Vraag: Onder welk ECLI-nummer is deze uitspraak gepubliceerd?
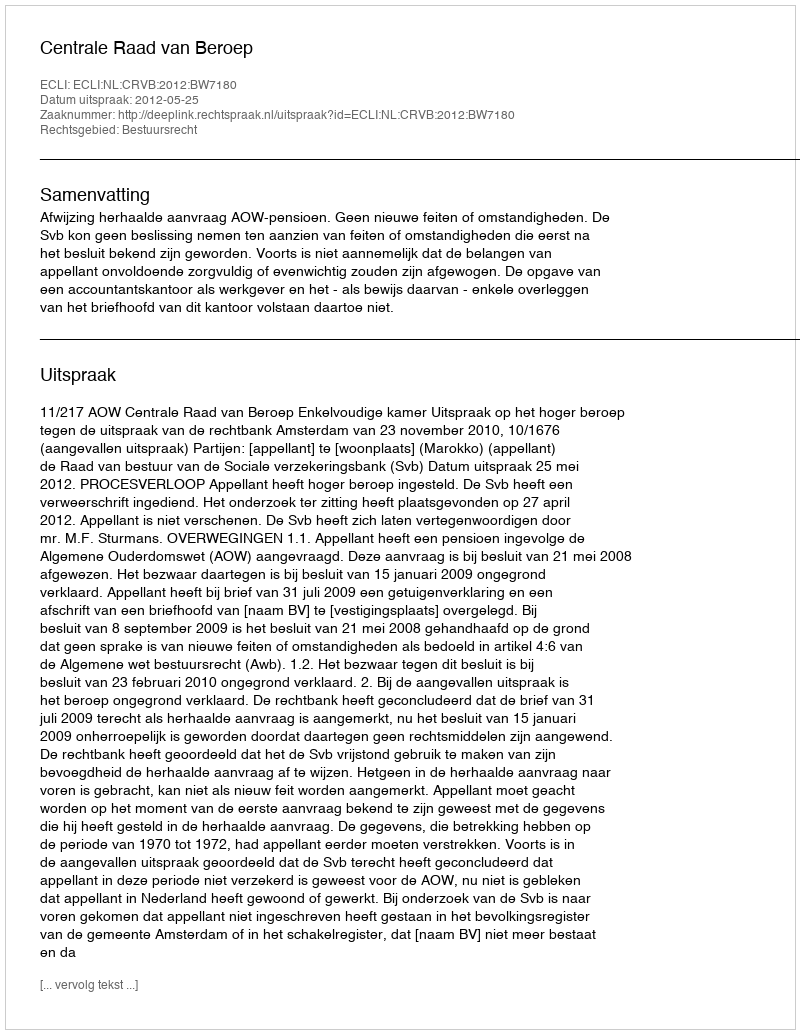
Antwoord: ECLI:NL:CRVB:2012:BW7180